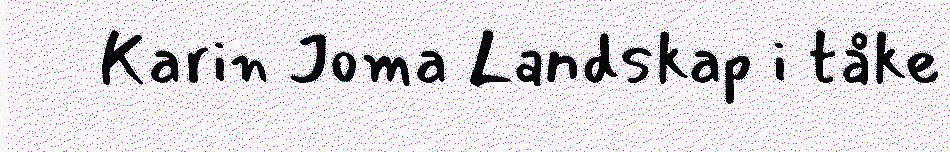
Karin Joma Landskap i tåke